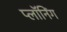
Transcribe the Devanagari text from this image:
प्लॉनिंग